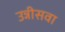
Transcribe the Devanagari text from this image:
उन्नीसवा